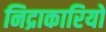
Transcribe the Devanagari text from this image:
निद्राकारियों